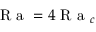
\mathrm { ~ R ~ a ~ } = 4 \mathrm { ~ R ~ a ~ } _ { c }